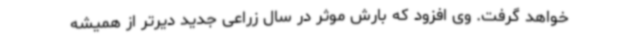
خواهد گرفت. وی افزود که بارش موثر در سال زراعی جدید دیرتر از همیشه